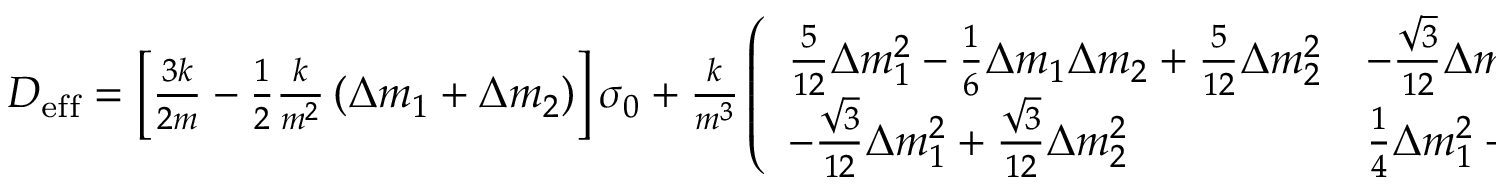
\begin{array} { r } { D _ { \mathrm { e f f } } = \left[ \frac { 3 k } { 2 m } - \frac { 1 } { 2 } \frac { k } { m ^ { 2 } } \left( \Delta m _ { 1 } + \Delta m _ { 2 } \right) \right] \sigma _ { 0 } + \frac { k } { m ^ { 3 } } \left( \begin{array} { l l } { \frac { 5 } { 1 2 } \Delta m _ { 1 } ^ { 2 } - \frac { 1 } { 6 } \Delta m _ { 1 } \Delta m _ { 2 } + \frac { 5 } { 1 2 } \Delta m _ { 2 } ^ { 2 } } & { - \frac { \sqrt { 3 } } { 1 2 } \Delta m _ { 1 } ^ { 2 } + \frac { \sqrt { 3 } } { 1 2 } \Delta m _ { 2 } ^ { 2 } } \\ { - \frac { \sqrt { 3 } } { 1 2 } \Delta m _ { 1 } ^ { 2 } + \frac { \sqrt { 3 } } { 1 2 } \Delta m _ { 2 } ^ { 2 } } & { \frac { 1 } { 4 } \Delta m _ { 1 } ^ { 2 } + \frac { 1 } { 2 } \Delta m _ { 1 } \Delta m _ { 2 } + \frac { 1 } { 4 } \Delta m _ { 2 } ^ { 2 } } \end{array} \right) , } \end{array}